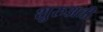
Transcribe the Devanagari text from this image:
शुरुअती